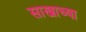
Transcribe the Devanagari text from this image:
साखाच्या